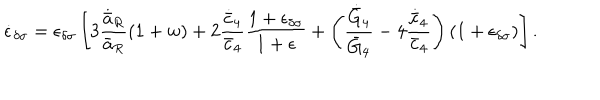
\dot { \epsilon } _ { \delta \sigma } = \epsilon _ { \delta \sigma } \left[ 3 { \frac { \dot { \bar { a } } _ { R } } { \bar { a } _ { R } } } ( 1 + w ) + 2 { \frac { \dot { \bar { c } } _ { 4 } } { \bar { c } _ { 4 } } } { \frac { 1 + \epsilon _ { \delta \sigma } } { 1 + \epsilon } } + \left( { \frac { \dot { \bar { G } } _ { 4 } } { \bar { G } _ { 4 } } } - 4 { \frac { \dot { \bar { c } } _ { 4 } } { \bar { c } _ { 4 } } } \right) ( 1 + \epsilon _ { \delta \sigma } ) \right] .